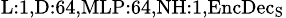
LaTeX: _{\textrm{L}:1,\textrm{D}:64,\textrm{MLP}:64,\textrm{NH}:1,\textrm{EncDec}_{\textrm{S}}}